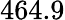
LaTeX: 464.9